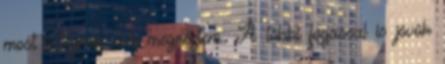
most is,tegnap este megnéztem. A többi fogással is jövök